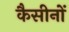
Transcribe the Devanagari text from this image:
कैसीनों